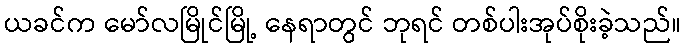
ယခင်က မော်လမြိုင်မြို့ နေရာတွင် ဘုရင် တစ်ပါးအုပ်စိုးခဲ့သည်။